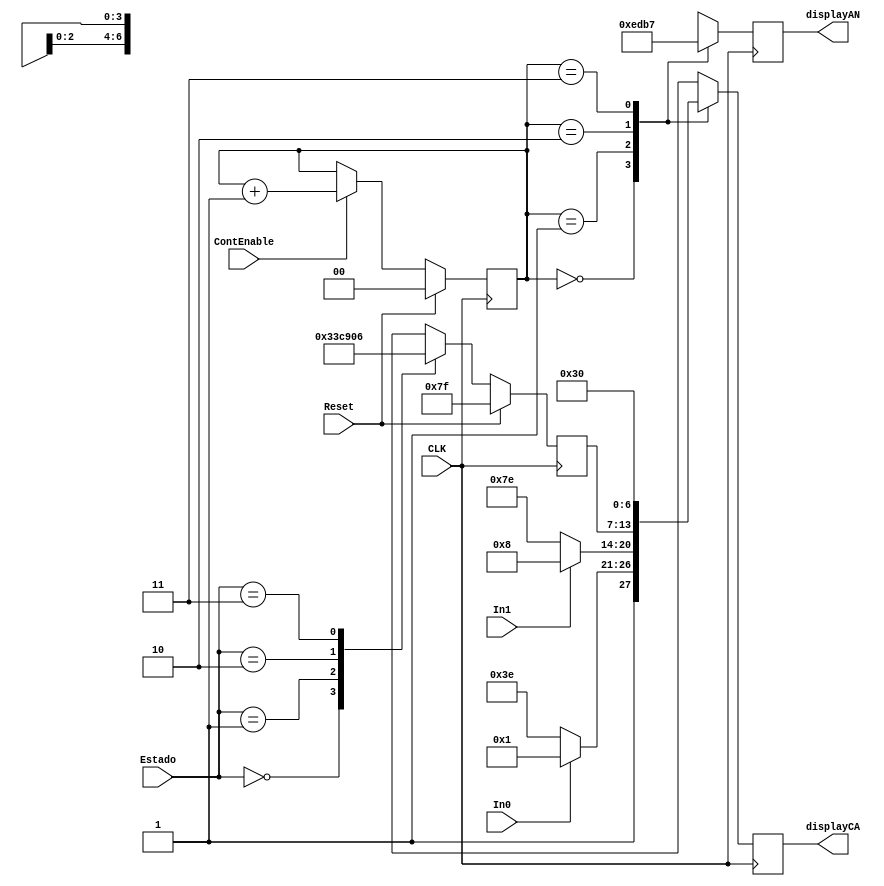
module Control7Seg_v1(
	 input wire CLK, Reset, In0, In1, ContEnable,
	 input wire [1:0] Estado,
    output reg [6:0] displayCA,
	 output reg [3:0] displayAN
    );
	 
//////////////////////////////////////////////////////////////////////////////////
// Decodificador de estado
//////////////////////////////////////////////////////////////////////////////////
	reg [6:0] NumEstado;
   
   //reg [2:0] Estado;

   always @(posedge CLK)
      if (Reset)
         NumEstado <= 7'b1111111;
      else
         case (Estado)
            2'b00  : NumEstado <= 7'b0000001;
            2'b01  : NumEstado <= 7'b1001111;
            2'b10  : NumEstado <= 7'b0010010;
            2'b11  : NumEstado <= 7'b0000110;
            default : NumEstado <= 7'b1111111;
         endcase
//////////////////////////////////////////////////////////////////////////////////
// Contador de digito a mostrar
//////////////////////////////////////////////////////////////////////////////////
	reg [1:0] Cuenta;

   //always @(posedge DivisorCLK[17])
	always @(posedge CLK)	
		if (Reset)
			Cuenta <= 2'b00;
		else if (ContEnable)
			Cuenta <= Cuenta + 1'b01;
			
//////////////////////////////////////////////////////////////////////////////////
// Divisor de frecuencia
//////////////////////////////////////////////////////////////////////////////////
//	reg [17:0] DivisorCLK;
//   
//   always @(posedge CLK)
//      if (Reset)
//         DivisorCLK <= 18'b0;
//      else if (ContEnable)
//			DivisorCLK <= DivisorCLK + 18'b1;
//////////////////////////////////////////////////////////////////////////////////
// Salidas respecto a la cuenta
//////////////////////////////////////////////////////////////////////////////////
	always@(posedge CLK) begin
		
		case (Cuenta)
			//Digito 0 del display, salida 0 : Ventilador
			2'b00 : begin
				displayAN <= 4'b1110;
				if(In0)
					displayCA <= 7'b1000001;
				else
					displayCA <= 7'b1111110;
					
			end
			//Digito 1 del display, salida 1 : Alarma
			2'b01 : begin
				displayAN <= 4'b1101;
				if(In1)
					displayCA <= 7'b0001000;
				else
					displayCA <= 7'b1111110;
			end
			//Digito 2 del display, nmero de estado
			2'b10 : begin
				displayAN <= 4'b1011;
				displayCA <= NumEstado;
			end
			//Digito 3 del display, letra "E" de estado
			2'b11 : begin
				displayAN <= 4'b0111;
				displayCA <= 7'b0110000;
			end
	
		endcase

	end

endmodule